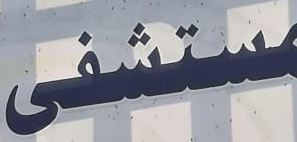
مستشفى